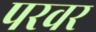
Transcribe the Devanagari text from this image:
परवर